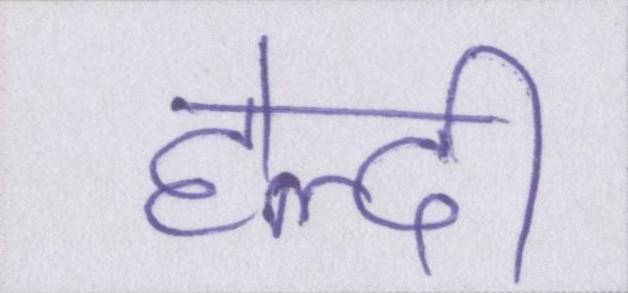
हेल्दी